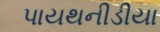
પાયથનીડીયા